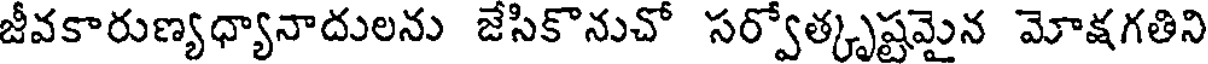
జీవకారుణ్యధ్యానాదులను జేసికొనుచో సర్వోత్కృష్టమైన మోక్షగతిని